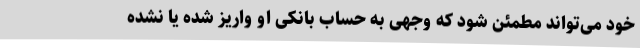
خود می‌تواند مطمئن شود که وجهی به حساب بانکی او واریز شده یا نشده